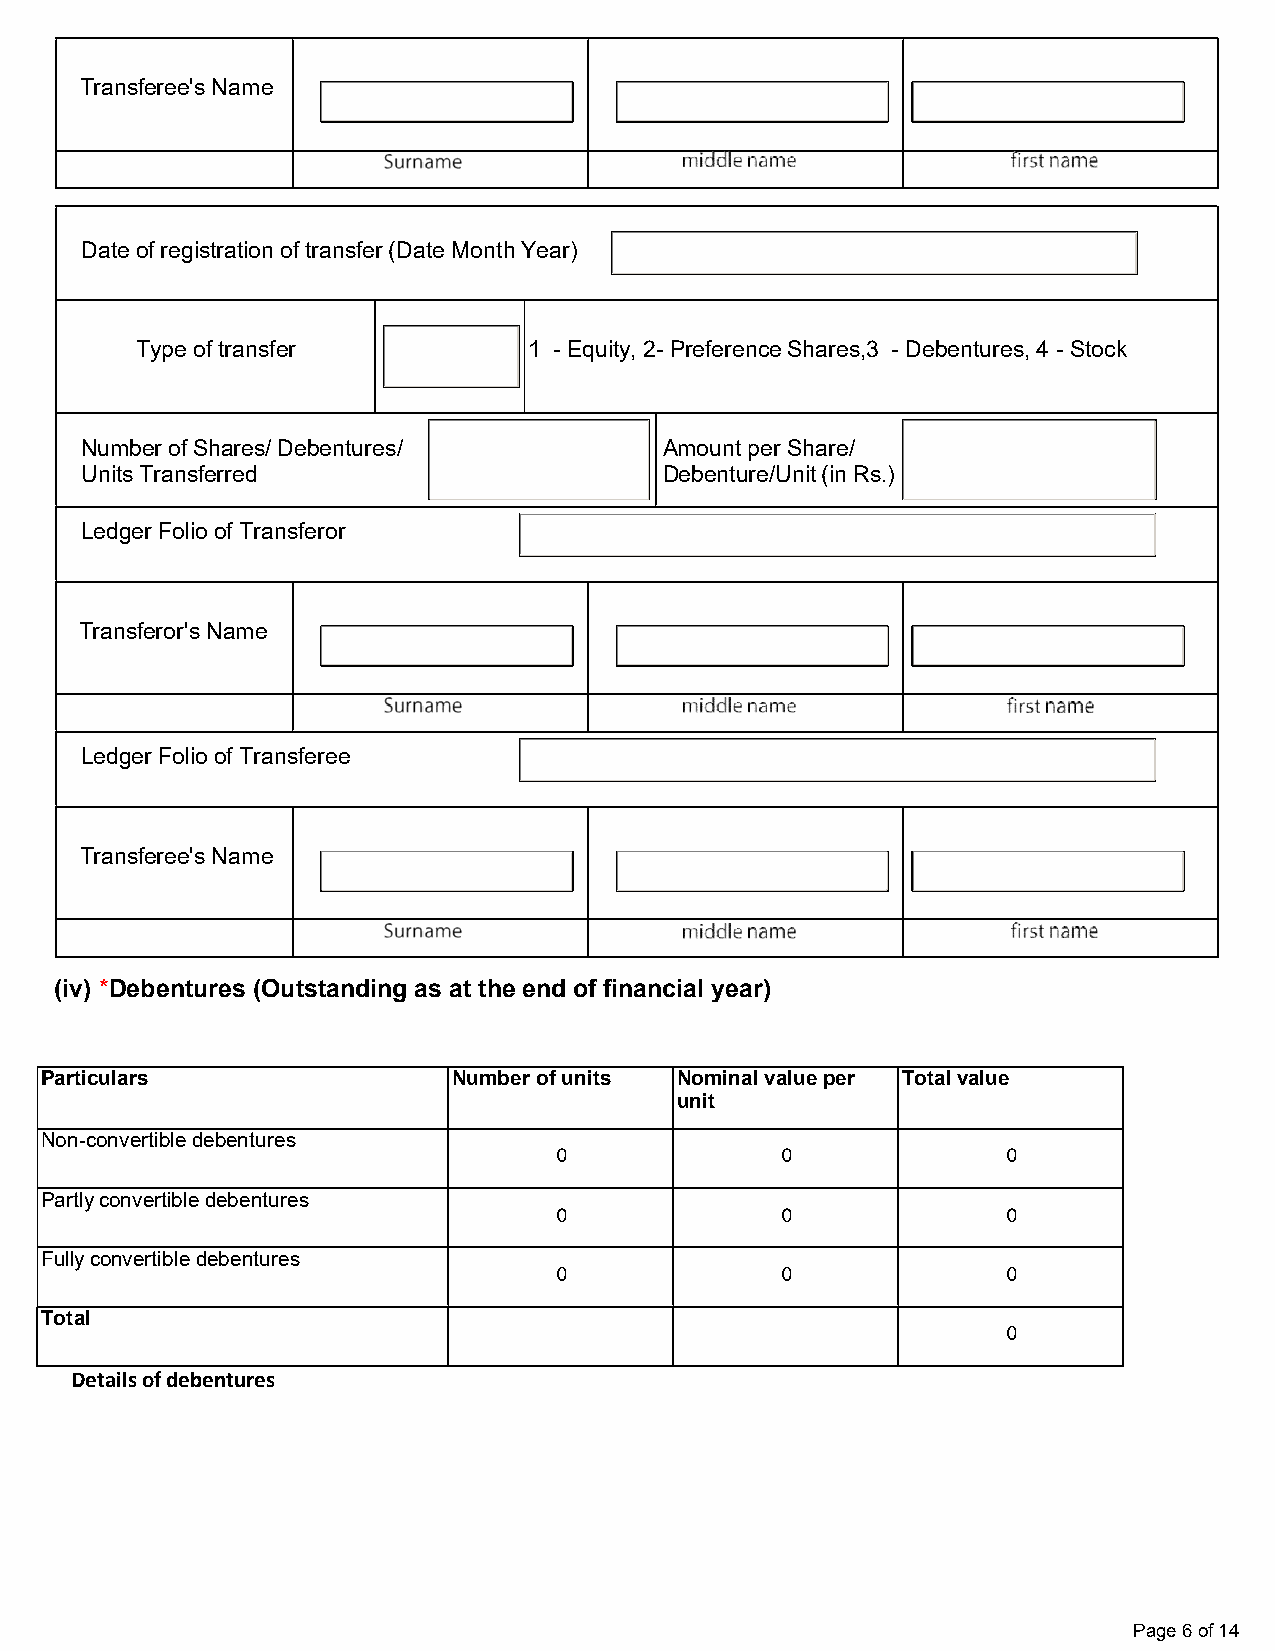
Transferee's Name
 Date of registration of transfer (Date Month Year)
 Type of transfer          1 - Equity, 2- Preference Shares,3 - Debentures, 4 - Stock
 Number of Shares/ Debentures/          Amount per Share/
 Units Transferred                      Debenture/Unit (in Rs.)
 Ledger Folio of Transferor
 Transferor's Name
 Ledger Folio of Transferee
 Transferee's Name
 (iv) *Debentures (Outstanding as at the end of financial year)
 Particulars                Number of units Nominal value per Total value
 unit
 Non-convertible debentures
 Partly convertible debentures
 Fully convertible debentures
 Total
 Details of debentures
 Page 6 of 14